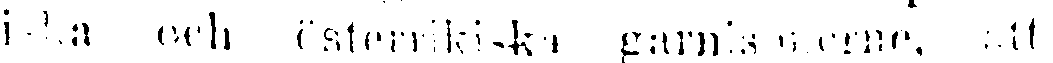
iska och österrikiska garnisonerne, att